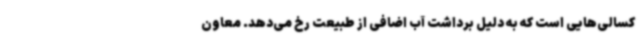
کسالی‌هایی است که به دلیل برداشت آب اضافی از طبیعت رخ می‌دهد. معاون